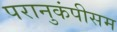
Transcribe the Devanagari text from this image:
परानुकंपीसम